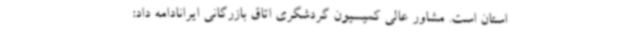
استان است. مشاور عالی کمیسیون گردشگری اتاق بازرگانی ایرانادامه داد: